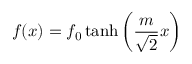
f ( x ) = f _ { 0 } \operatorname { t a n h } \left( { \frac { m } { \sqrt { 2 } } } x \right)